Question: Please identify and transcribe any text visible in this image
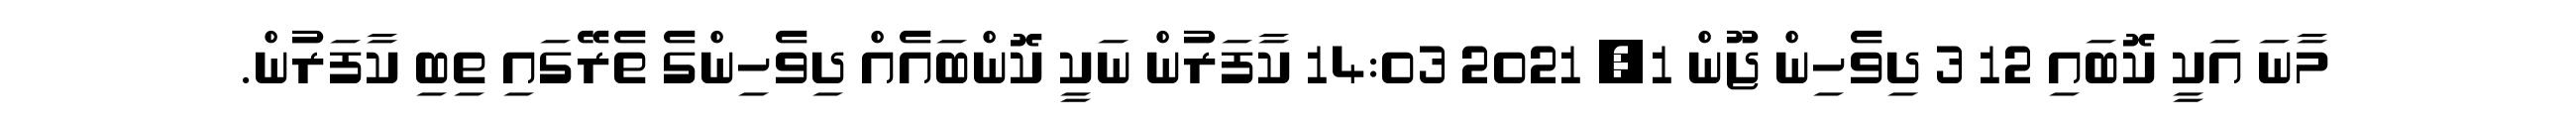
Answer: މާނަ އަކީ ކޮބައި 12 3 ދިވެހިން ޖޫން 1, 2021 14:03 ކާފަރުން ނަކީ ކޮންބައެއް ދިވެހިންގެ ތެރޭގައި ތިބި ކާފަރުން.